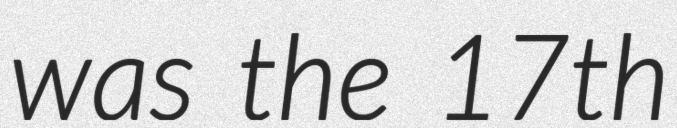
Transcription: was the 17th